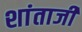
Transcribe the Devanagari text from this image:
शांताजी